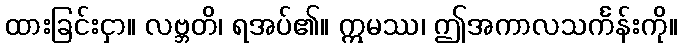
ထားခြင်းငှာ။ လဗ္ဘတိ၊ ရအပ်၏။ ဣမဿ၊ ဤအကာလသင်္ကန်းကို။